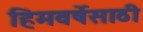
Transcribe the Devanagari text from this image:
हिमवर्षेसाठी